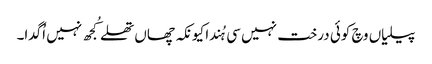
پیلیاں وچ کوئی درخت نہیں سی ہُندا کیونکہ چھاں تھلے کُجھ نہیں اُگدا۔